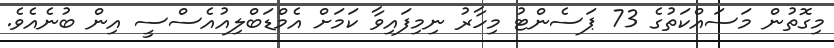
މިގޮތުން މަސައްކަތުގެ 73 ޕަސެންޓު މިހާރު ނިމިފައިވާ ކަމަށް އެމްޑަބްލިއުއެސްސީ އިން ބުނެއެވެ.